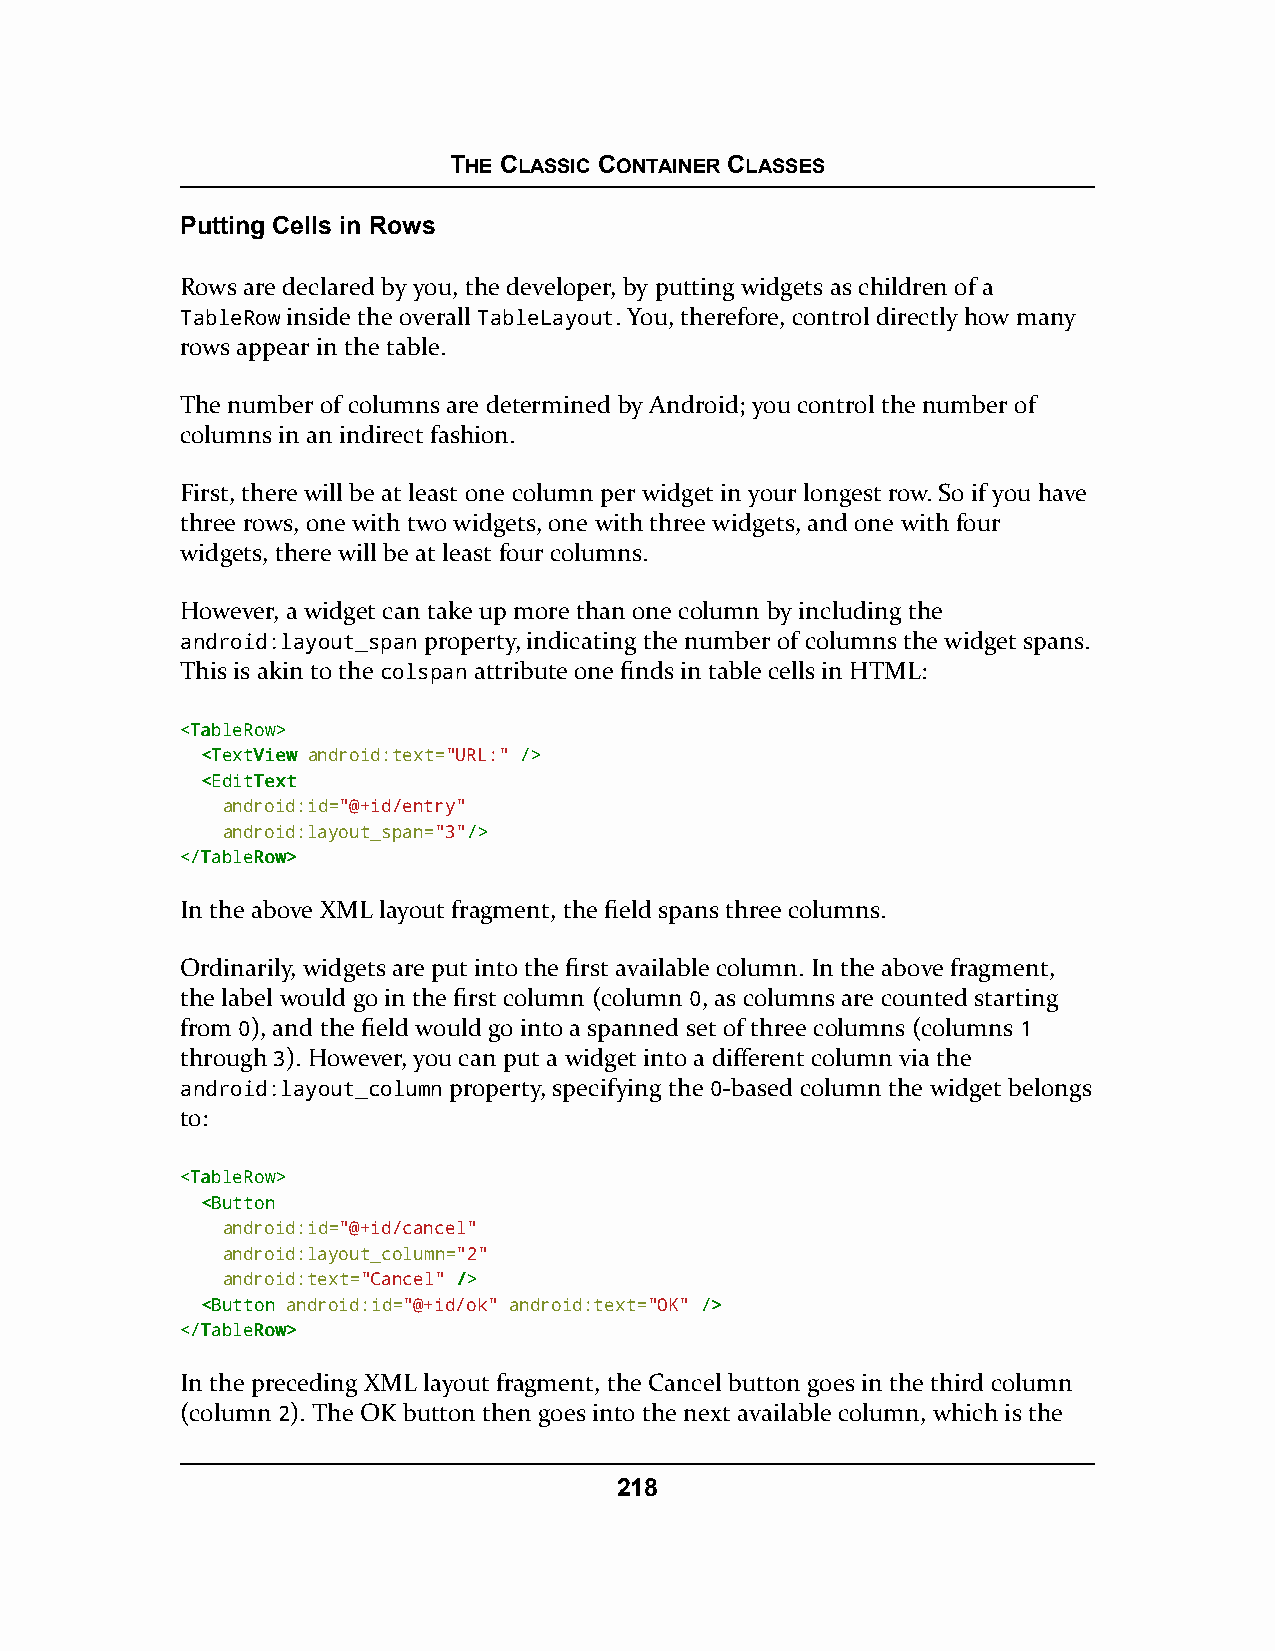
THE CLASSIC CONTAINER CLASSES
 Putting Cells in Rows
 Rows are declared by you, the developer, by putting widgets as children of a
 TableRow inside the overall TableLayout. You, therefore, control directly how many
 rows appear in the table.
 The number of columns are determined by Android; you control the number of
 columns in an indirect fashion.
 First, there will be at least one column per widget in your longest row. So if you have
 three rows, one with two widgets, one with three widgets, and one with four
 widgets, there will be at least four columns.
 However, a widget can take up more than one column by including the
 android:layout_span property, indicating the number of columns the widget spans.
 This is akin to the colspan attribute one finds in table cells in HTML:
 <<TTaabblleeRRooww>>
 <<TTeexxttVViieeww android:text="URL:" //>>
 <<EEddiittTTeexxtt
 android:id="@+id/entry"
 android:layout_span="3"//>>
 <<//TTaabblleeRRooww>>
 In the above XML layout fragment, the field spans three columns.
 Ordinarily, widgets are put into the first available column. In the above fragment,
 the label would go in the first column (column 0, as columns are counted starting
 from 0), and the field would go into a spanned set of three columns (columns 1
 through 3). However, you can put a widget into a different column via the
 android:layout_column property, specifying the 0-based column the widget belongs
 to:
 <<TTaabblleeRRooww>>
 <<BBuuttttoonn
 android:id="@+id/cancel"
 android:layout_column="2"
 android:text="Cancel" //>>
 <<BBuuttttoonn android:id="@+id/ok" android:text="OK" //>>
 <<//TTaabblleeRRooww>>
 In the preceding XML layout fragment, the Cancel button goes in the third column
 (column 2). The OK button then goes into the next available column, which is the
 218